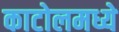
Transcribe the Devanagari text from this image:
काटोलमध्ये